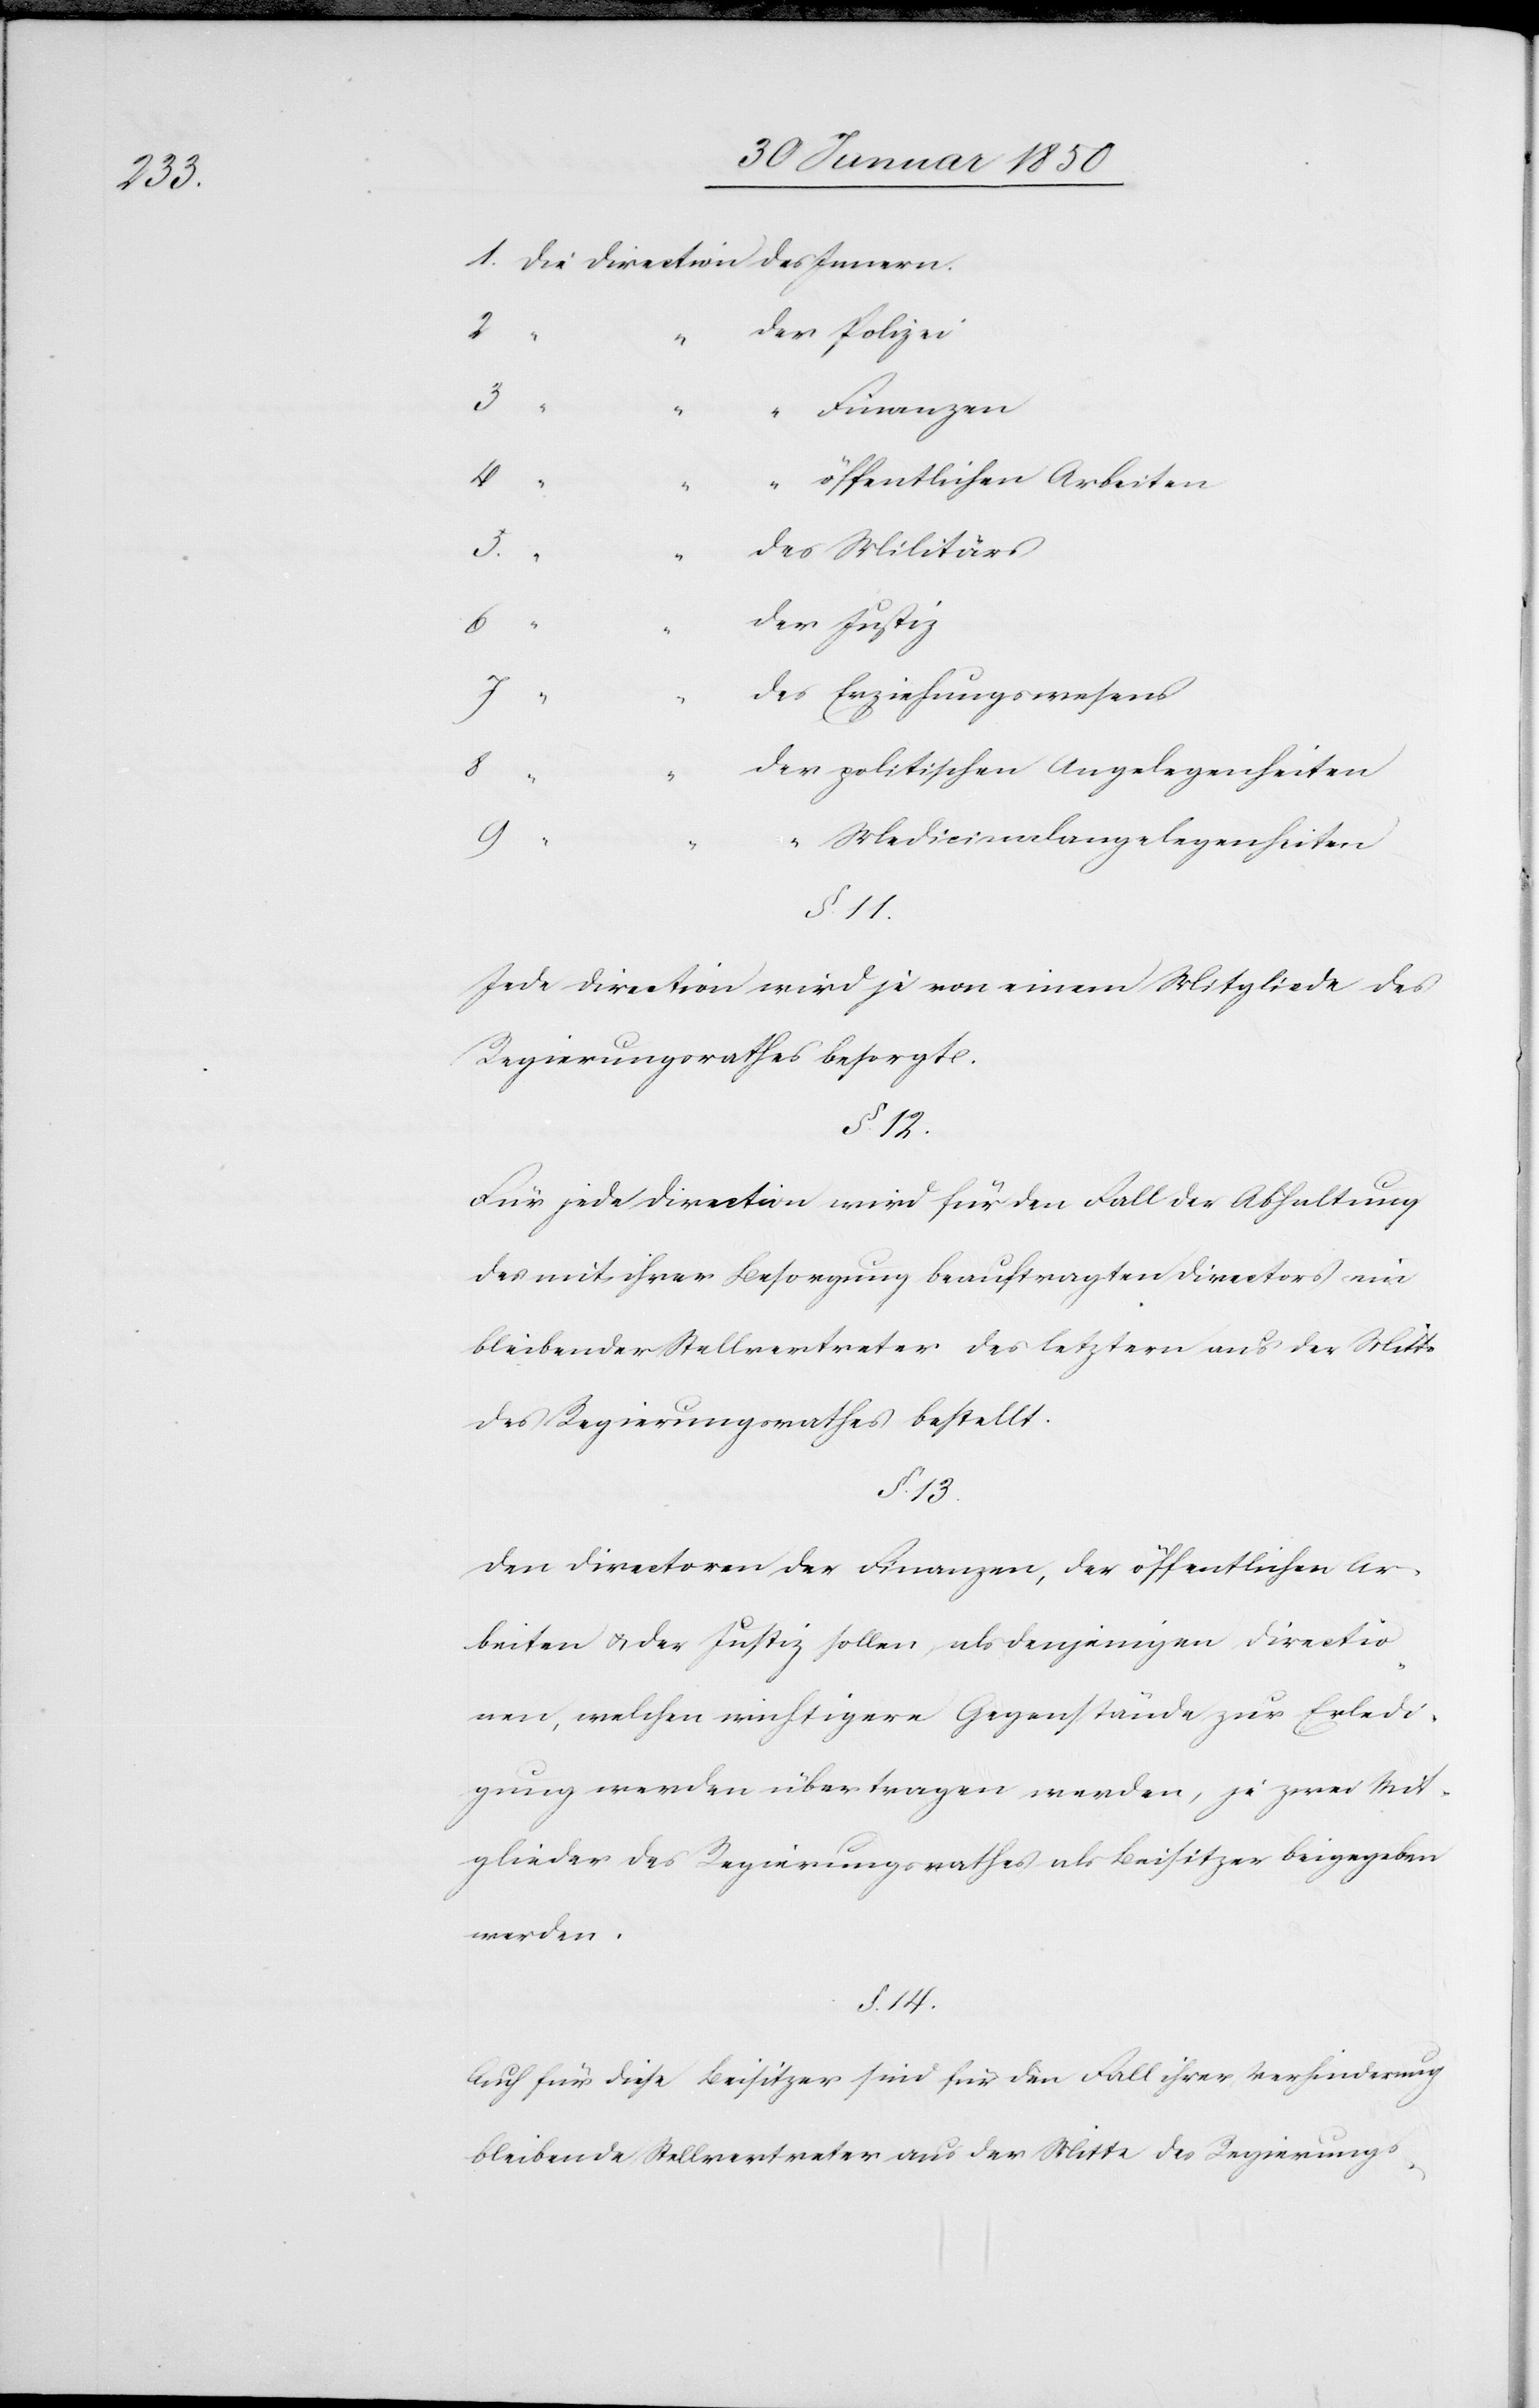
“		d¬

1. Die Direction	des Innern.
2.
“		der Polizei
3.
Finanzen.
4.
“ öffentlichen Arbeiten
es Militärs
es Erziehungswesens
5.
er politischen Angelegenheiten
8 “
9 “
“ Medicinalangelegenheiten
§. 11.
Jede Direction wird je von einem Mitgliede des
Regierungsrathes besorgt.
§. 12.
Für jede Direction wird für den Fall der Abhaltung
des mit ihrer Besorgung beauftragten Directors ein
bleibender Stellvertreter des letztern aus der Mitte
des Regierungsrathes bestellt.
§. 13.
Den Directoren der Finanzen, der öffentlichen Ar¬
beiten u. der Justiz sollen, als denjenigen Directio¬
nen, welchen wichtigere Gegenstände zur Erledi¬
gung werden übertragen werden, je zwei Mit¬
glieder des Regierungsrathes als Beisitzer beigegeben
werden.
§. 14.
Auch für diese Beisitzer sind für den Fall ihrer Verhinderung
bleibende Stellvertreter aus der Mitte des Regierungs-